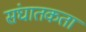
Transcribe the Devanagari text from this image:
संघातकता